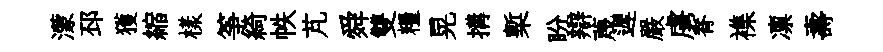
濛邳獲縮樣筝綺帙芃舜雙糧晃搆槧盼辯蔑遲嚴虜脊襍凛壽